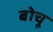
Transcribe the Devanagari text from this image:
बोचू